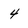
Character: 4